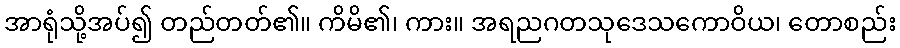
အာရုံသို့အပ်၍ တည်တတ်၏။ ကိမိ၏၊ ကား။ အရညဂတသုဒေသကောဝိယ၊ တောစည်း